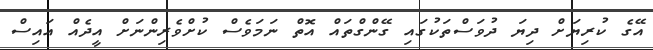
އޭގެ ކުރިޔަށް ދިޔަ ދުވަސްތަކުގައި ގޭންގްތައް އޮތް ނަމަވެސް ކުށްވެރިންނަށް އީދެއް އައިސް